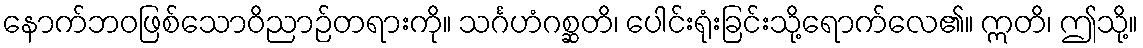
နောက်ဘဝဖြစ်သောဝိညာဉ်တရားကို။ သင်္ဂဟံဂစ္ဆတိ၊ ပေါင်းရုံးခြင်းသို့ရောက်လေ၏။ ဣတိ၊ ဤသို့။